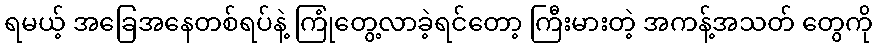
ရမယ့် အခြေအနေတစ်ရပ်နဲ့ ကြုံတွေ့လာခဲ့ရင်တော့ ကြီးမားတဲ့ အကန့်အသတ် တွေကို